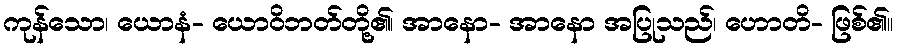
ကုန်သော၊ ယောနံ- ယောဝိဘတ်တို့၏၊ အာနော- အာနော အပြုသည်၊ ဟောတိ- ဖြစ်၏။